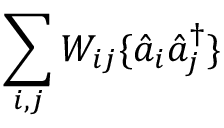
\sum _ { i , j } W _ { i j } \{ \hat { a } _ { i } \hat { a } _ { j } ^ { \dagger } \}